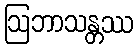
ဩဘာသန္တဿ